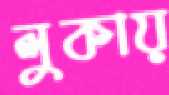
লুকায়